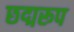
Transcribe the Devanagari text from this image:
छद्मरूप